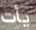
يأت